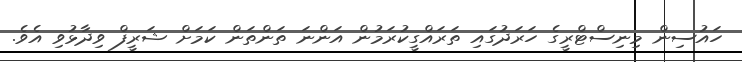
ހައުސިން މިނިސްޓްރީގެ ހަރަދުގައި ތަރައްގީކުރަމުން އަންނަ ތަންތަން ކަމަށް ޝަރީފް ވިދާޅުވި އެވެ.